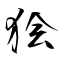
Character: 狯